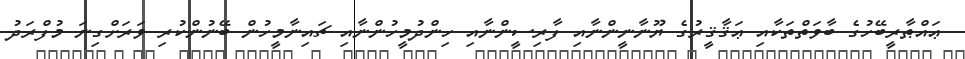
ޢައްޠާރީބޭހުގެ ބާވަތްތަކާއި ޢަޤާޤީރުގެ ޔޫނާނީންނާއި ފާރިސީންނާއި ހިންދުމީހުންނާއި ޗައިނާމީހުން ބޭނުންކުރި ވަރަށްގިނަ މުފްރަދު